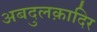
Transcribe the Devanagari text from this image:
अबदुलक़ादिर